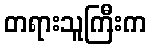
တရားသူကြီးက